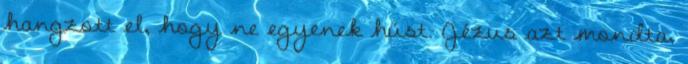
hangzott el, hogy ne egyenek húst. Jézus azt mondta,